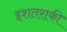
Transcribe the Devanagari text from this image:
इशतराकी